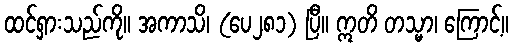
ထင်ရှားသည်ကို။ အကာသိ၊ (ပေ၂၈၁) ပြီ။ ဣတိ တသ္မာ၊ ကြောင့်။